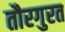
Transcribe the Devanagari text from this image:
तौरगुरत